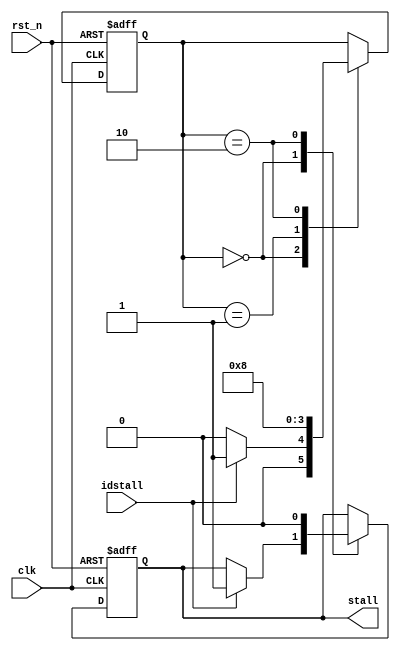
`timescale 1ns / 1ps

module stallctrl(
	input clk,
	input rst_n,
	input idstall,
	output reg stall
    );

reg [1:0] state=0;
initial stall=0;
always@(posedge clk or negedge rst_n)
begin
	if (~rst_n)	begin
		stall<=0;
		state<=0;
	end
	else begin
		case (state)
			2'b00:	
				begin
					if (idstall) begin//stallstall
						stall<=1;
						state<=2'b01;
					end
					else
					 state<=2'b00;
				end
			2'b01: state<=2'b10;
			2'b10: 
				begin
					stall<=0;
					state<=2'b00;
				end
			default:;
		endcase
	end
end

endmodule